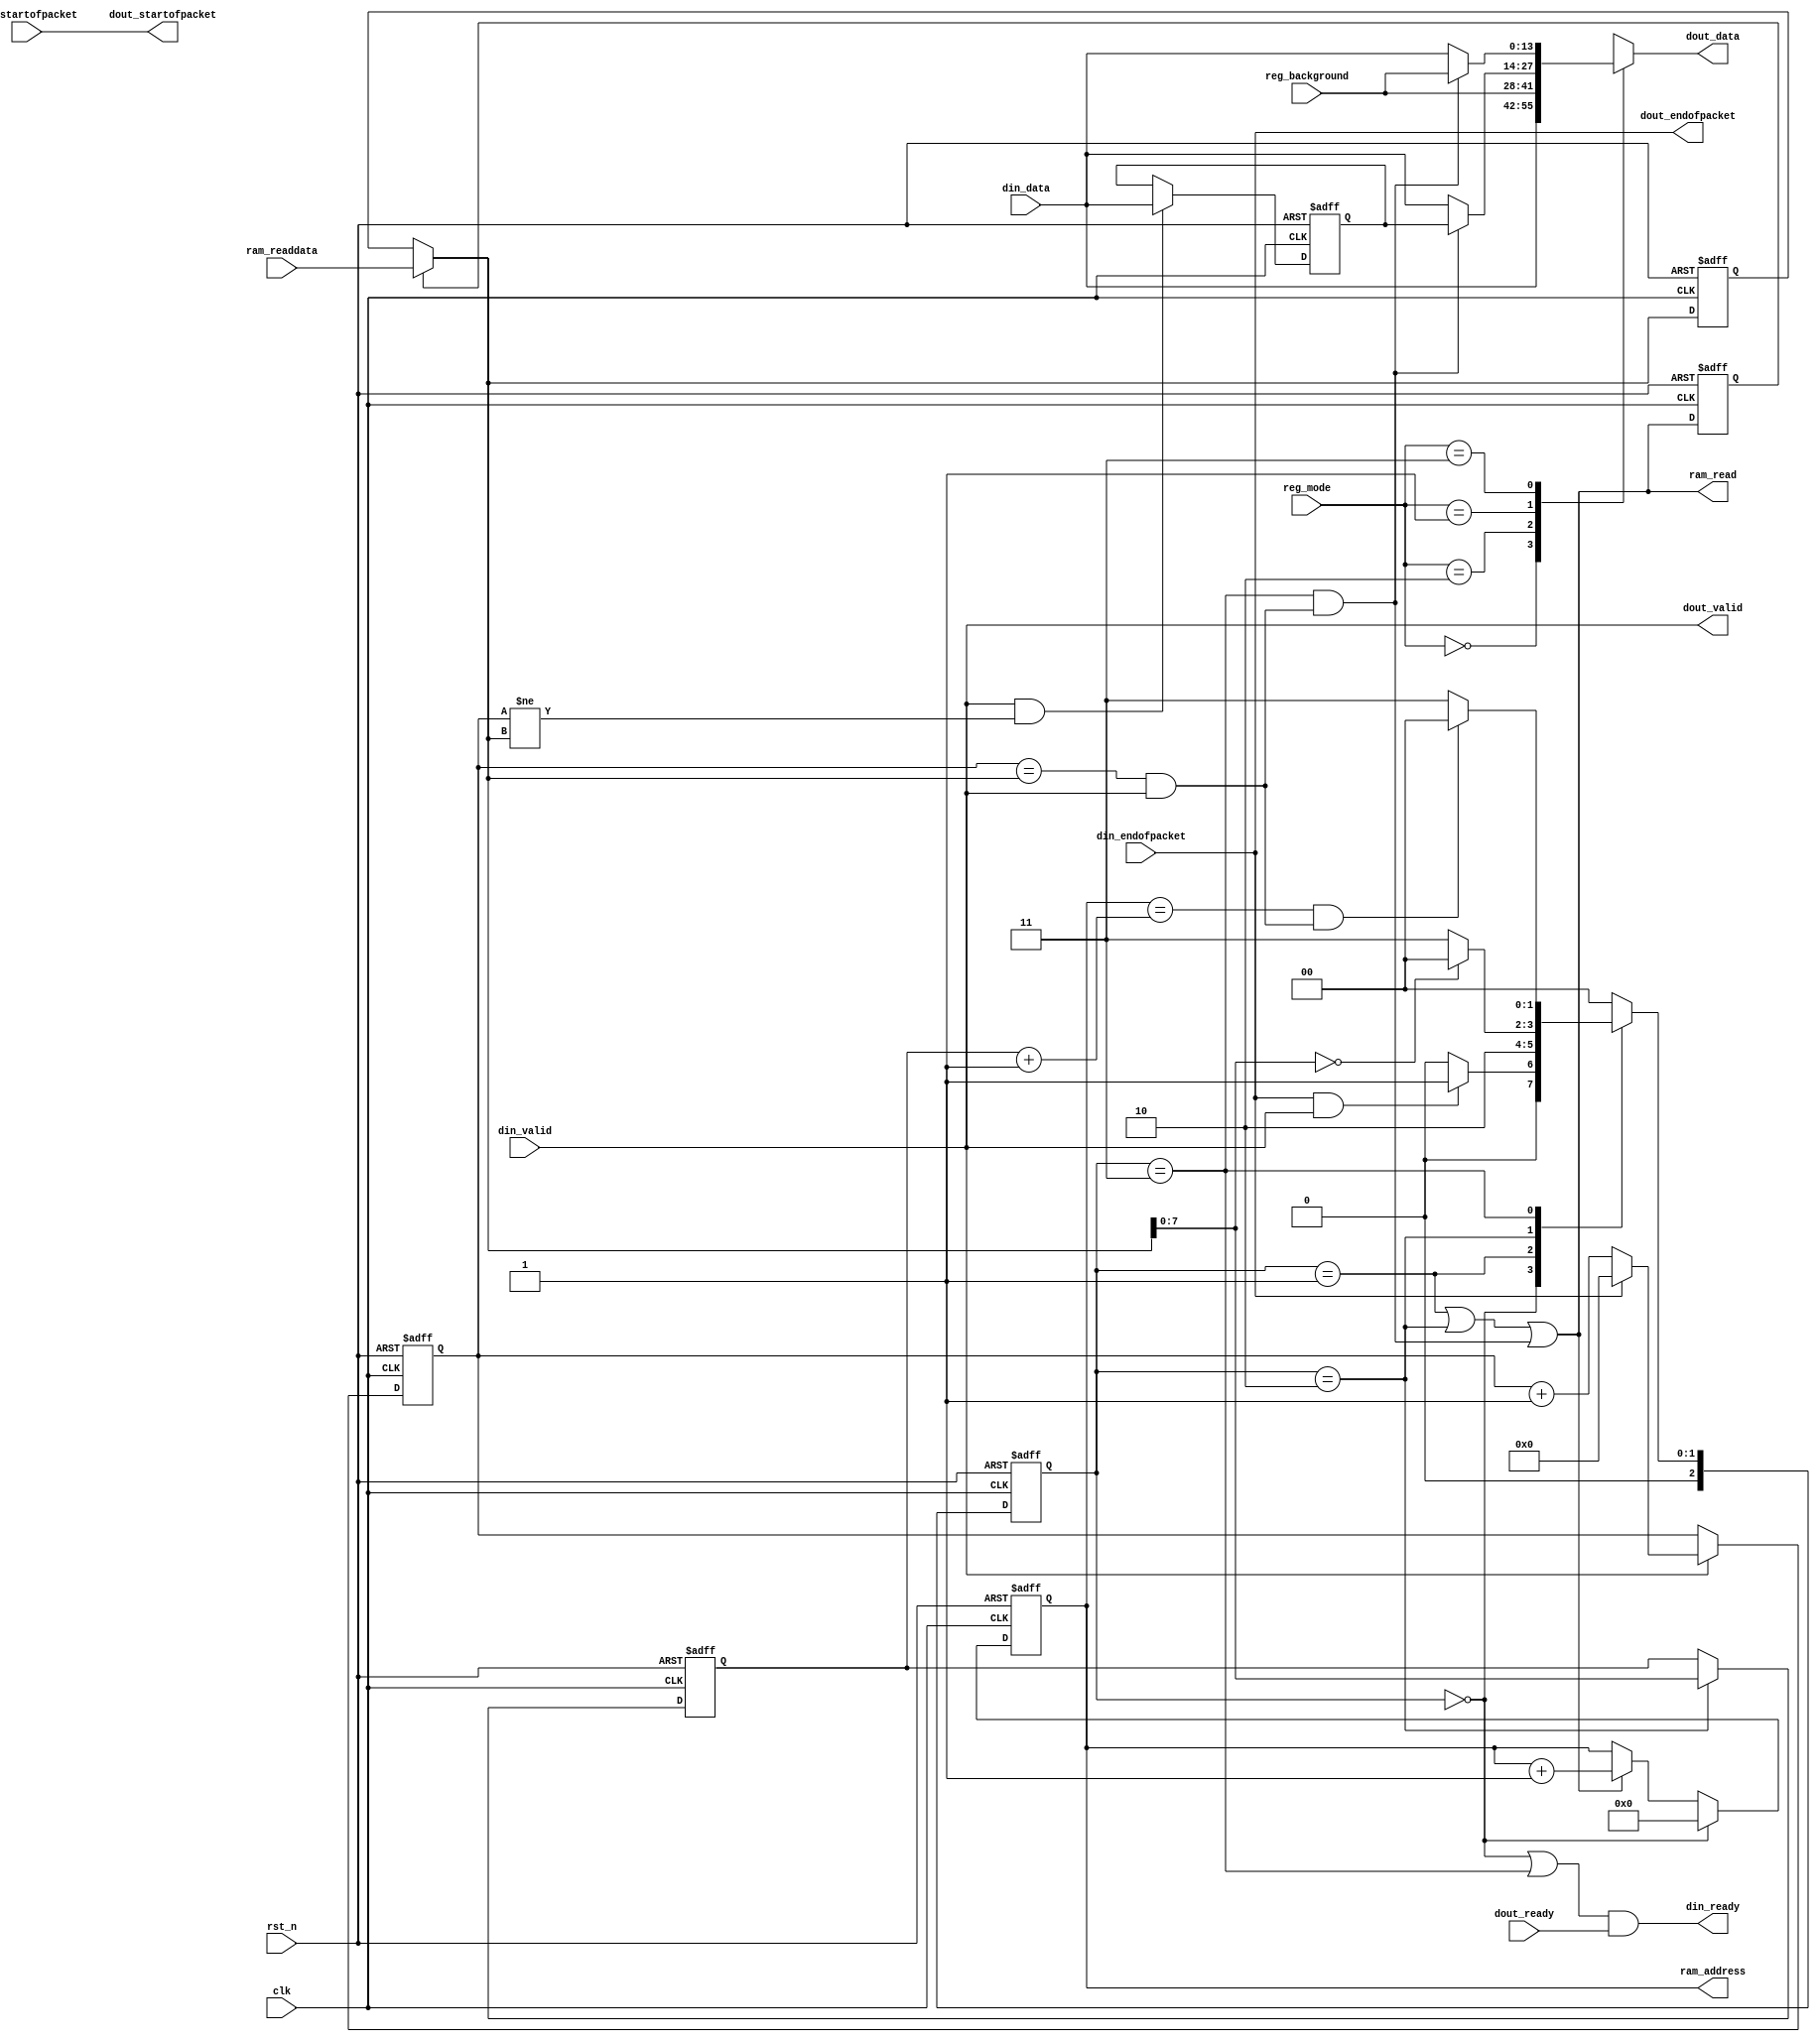
module blind_pixel_proc(
	clk,
	rst_n,
	
	ram_read,
	ram_address,
	ram_readdata,
	
	reg_mode,
	reg_background,
	
	din_data,
	din_valid,
	din_startofpacket,
	din_endofpacket,
	din_ready,
	
	dout_data,
	dout_valid,
	dout_startofpacket,
	dout_endofpacket,
	dout_ready
);

parameter	DATA_WIDTH = 14;

parameter	MODE_VIDEO = 2'b00;
parameter	MODE_BLIND = 2'b01;
parameter	MODE_BACK = 2'b10;
parameter	MODE_TEST = 2'b11;

input 						clk;
input 						rst_n;

input [31:0]				ram_readdata;
output 						ram_read;
output reg [7:0]			ram_address;

input [1:0]					reg_mode;
input [DATA_WIDTH-1:0]	reg_background;

input [DATA_WIDTH-1:0]	din_data;
input 						din_startofpacket;
input 						din_endofpacket;
input 						din_valid;
output 						din_ready;

output [DATA_WIDTH-1:0]	dout_data;
output 						dout_startofpacket;
output 						dout_endofpacket;
output 						dout_valid;
input 						dout_ready;

reg [2:0]	state, n_state;
reg [31:0]	data_cnt;
reg [7:0]	blind_pixel_number;
wire [7:0]	read_location_cnt;

wire [31:0]	ram_use_data;
reg [31:0]	ram_readdata_reg;
reg 			ram_datavalid;

reg [DATA_WIDTH-1:0]	data_pre_buffer;
reg [DATA_WIDTH-1:0]	dout_data_reg;
wire data_in_location;

localparam	IDLE = 3'd0;
localparam	RDNU = 3'd1;	/* addr = num */
localparam	DANU = 3'd2;	/* addr = l[0], data = num */
localparam	PROC = 3'd3;

assign data_in_location = data_cnt==ram_use_data && din_valid;
assign ram_read = state==RDNU || state==DANU || state==PROC && data_in_location;
assign ram_use_data = ram_datavalid ? ram_readdata : ram_readdata_reg;

assign dout_startofpacket = din_startofpacket;
assign dout_endofpacket = din_endofpacket;
assign dout_valid = din_valid;
assign din_ready = (state==IDLE || state==PROC) && dout_ready;
assign dout_data = dout_data_reg;

always @(posedge clk or negedge rst_n)
begin
	if (!rst_n)
		state <= IDLE;
	else
		state <= n_state;
end

always @(state or din_endofpacket or din_valid or ram_address or blind_pixel_number or data_in_location or ram_use_data[7:0])
begin
	case (state)
	IDLE: n_state = din_endofpacket & din_valid ? RDNU : IDLE;
	RDNU: n_state = DANU;
	DANU: n_state = ram_use_data[7:0]==8'd0 ? IDLE : PROC;
	PROC: n_state = ram_address==(blind_pixel_number+8'd1) && data_in_location ? IDLE : PROC;
	default: n_state = IDLE;
	endcase
end

always @(posedge clk or negedge rst_n)
begin
	if (!rst_n)
		data_cnt <= 32'd0;
	else if (din_valid) begin
		if (din_endofpacket)
			data_cnt <= 32'd0;
		else
			data_cnt <= data_cnt + 32'd1;
	end
end

always @(posedge clk or negedge rst_n)
begin
	if (!rst_n)
		blind_pixel_number <= 8'd0;
	else if (state == DANU)
		blind_pixel_number <= ram_use_data[7:0];
end

always @(posedge clk or negedge rst_n)
begin
	if (!rst_n)
		ram_address <= 8'd0;
	else if (state == IDLE)
		ram_address <= 8'd0;
	else if (ram_read)
		ram_address <= ram_address + 8'd1;
end

always @(state or reg_mode or reg_background or din_data or data_in_location or data_pre_buffer)
begin
	case (reg_mode)
	MODE_VIDEO: dout_data_reg = din_data;
	MODE_BACK: dout_data_reg = reg_background;
	MODE_BLIND: dout_data_reg = state==PROC && data_in_location ? data_pre_buffer : din_data;
	MODE_TEST: dout_data_reg = state==PROC && data_in_location ? reg_background : din_data;
	default: dout_data_reg = din_data;
	endcase
end

always @(posedge clk or negedge rst_n)
begin
	if (!rst_n)
		data_pre_buffer <= {DATA_WIDTH{1'b0}};
	else if (din_valid && data_cnt!=ram_use_data)
		data_pre_buffer <= din_data;
end

always @(posedge clk or negedge rst_n)
begin
	if (!rst_n)
		ram_datavalid <= 1'b0;
	else
		ram_datavalid <= ram_read;
end

always @(posedge clk or negedge rst_n)
begin
	if (!rst_n)
		ram_readdata_reg <= 32'd0;
	else if (ram_datavalid)
		ram_readdata_reg <= ram_readdata;
end

endmodule